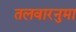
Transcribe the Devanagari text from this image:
तलवारनुमा